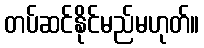
တပ်ဆင်နိုင်မည်မဟုတ်။